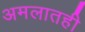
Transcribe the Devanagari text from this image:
अमलातही